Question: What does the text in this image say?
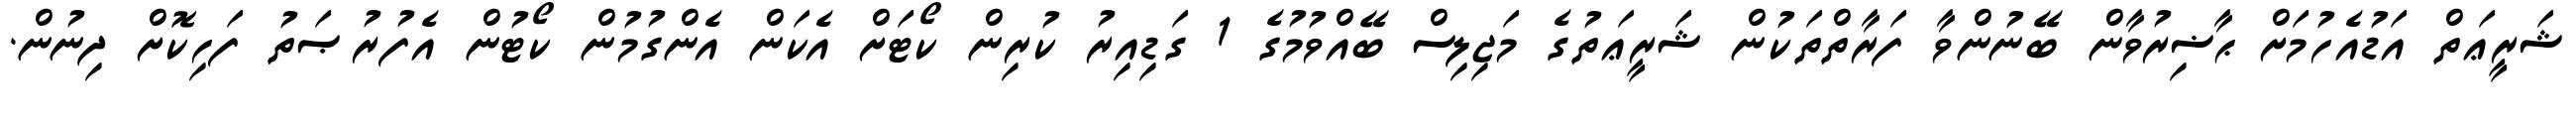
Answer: ޝަރީޢަތް އަޑުއެހުމަށް ޙާޟިރުވާން ބޭނުންވާ ފަރާތްތަކުން ޝަރީޢަތުގެ މަޖިލިސް ބޭއްވުމުގެ 1 ގަޑިއިރު ކުރިން ކޯޓަށް އެކަން އެންގުމުން ކޯޓުން އެފުރުޞަތު ފަހިކޮށް ދިނުން.